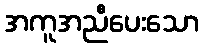
အကူအညီပေးသော